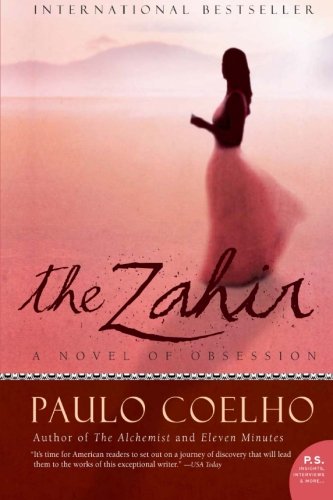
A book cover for The Zahir: A Novel of Obsession; Paulo Coelho; Literature & Fiction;